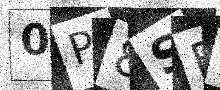
Text: 0P8SE2